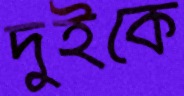
দুইকে